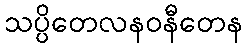
သပ္ပိတေလနဝနီတေန